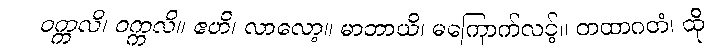
ဝက္ကလိ၊ ဝက္ကလိ။ ဧဟိ၊ လာလော့။ မာဘာယိ၊ မကြောက်လင့်။ တထာဂတံ၊ ထို